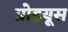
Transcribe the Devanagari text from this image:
प्रोडयूस